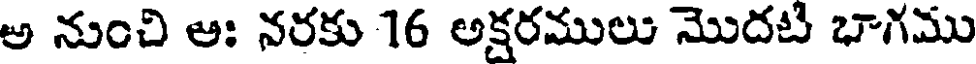
అ నుంచి ఆః నరకు 16 అక్షరములు మొదటి భాగము